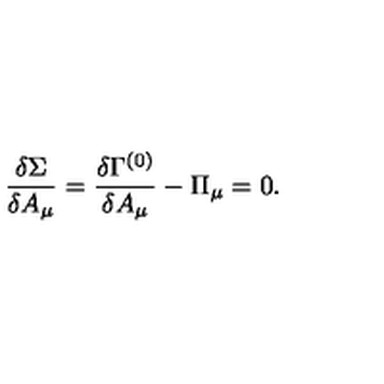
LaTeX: \frac { \delta \Sigma } { \delta A _ { \mu } } = \frac { \delta \Gamma ^ { ( 0 ) } } { \delta A _ { \mu } } - \Pi _ { \mu } = 0 .